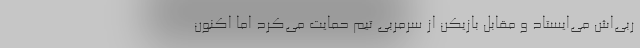
ربی‌اش می‌ایستاد و مقابل بازیکن از سرمربی تیم حمایت می‌کرد اما اکنون